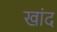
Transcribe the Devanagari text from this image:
खांद